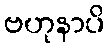
ဗဟုနာပိ